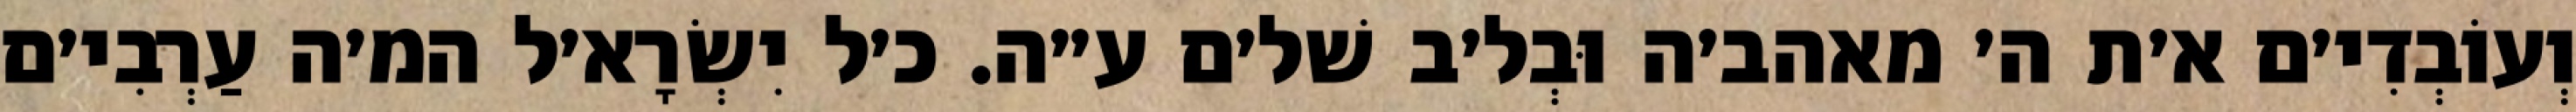
וְעוֹבְדִי׳ם א׳ת ה׳ מאהב׳ה וּבְל׳ב שׁל׳ם ע״ה. כ׳ל יִשְׂרָא׳ל המ׳ה עַרְבִי׳ם